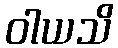
ဝါယသိ